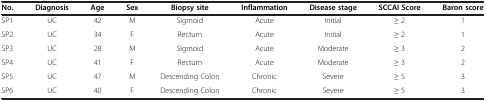
<table><thead><tr><td><b>No.</b></td><td><b>Diagnosis</b></td><td><b>Age</b></td><td><b>Sex</b></td><td><b>Biopsy site</b></td><td><b>Inflammation</b></td><td><b>Disease stage</b></td><td><b>SCCAI Score</b></td><td><b>Baron score</b></td></tr></thead><tbody><tr><td>SP1</td><td>UC</td><td>42</td><td>M</td><td>Sigmoid</td><td>Acute</td><td>Initial</td><td>≥ 2</td><td>1</td></tr><tr><td>SP2</td><td>UC</td><td>34</td><td>F</td><td>Rectum</td><td>Acute</td><td>Initial</td><td>≥ 2</td><td>1</td></tr><tr><td>SP3</td><td>UC</td><td>28</td><td>M</td><td>Sigmoid</td><td>Acute</td><td>Moderate</td><td>≥ 3</td><td>2</td></tr><tr><td>SP4</td><td>UC</td><td>41</td><td>F</td><td>Rectum</td><td>Acute</td><td>Moderate</td><td>≥ 3</td><td>2</td></tr><tr><td>SP5</td><td>UC</td><td>47</td><td>M</td><td>Descending Colon</td><td>Chronic</td><td>Severe</td><td>≥ 5</td><td>3</td></tr><tr><td>SP6</td><td>UC</td><td>40</td><td>F</td><td>Descending Colon</td><td>Chronic</td><td>Severe</td><td>≥ 5</td><td>3</td></tr></tbody></table>